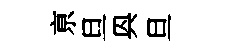
亰旦㒷旦